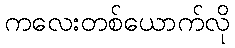
ကလေးတစ်ယောက်လို